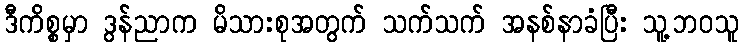
ဒီကိစ္စမှာ ဒွန်ညာက မိသားစုအတွက် သက်သက် အနစ်နာခံပြီး သူ့ဘဝသူ